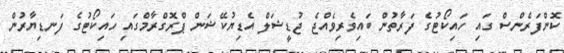
ކޮންފަރެންސް ގައި ހައިކޯޓުގެ ފަރާތުން ބައިވެރިވެއްޖެ ޖުޑީޝަލް އެޑިޔުކޭޝަން ޕްރޮގްރާމްގައި ހައިކޯޓުގެ ފަނޑިޔާރުން